Report on the working of the Ranchi Indian Mental Hospital, Kanke, in Bihar and Orissa - 1930-1940
Year: 1930
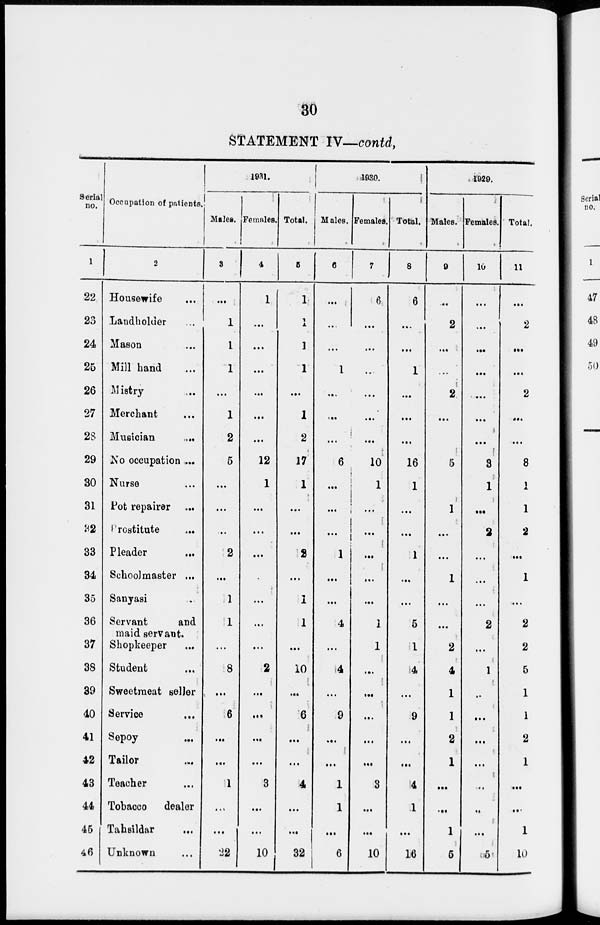
30
STATEMENT IV—contd,
Serial
no.
1
22
23
24
25
26
27
23
29
30
31
32
33
34
35
36
37
38
39
40
41
42
43
44
45
46
Occupation of patients.
2
Housewife ...
Landholder ...
Mason ...
Mill hand ...
Mistry ...
Merchant ...
Musician
...
No occupation ...
Nurse ...
Pot repairer ...
Prostitute ...
Pleader
...
Schoolmaster ...
Sanyasi ...
Servant
and
maid servant.
Shopkeeper ...
Student ...
Sweetmeat seller ...
Service ...
Sepoy ...
Tailor ...
Teacher ...
Tobacco
dealer
Tahsildar ...
Unknown ...
1931.
Males.
3
...
1
1
1
...
1
2
5
...
...
...
2
...
1
1
...
8
...
6
...
...
1
...
...
22
Females.
4
1
...
...
...
...
...
...
12
1
...
...
...
...
...
...
...
2
...
...
...
...
3
...
...
10
Total.
5
1
1
1
1
...
1
2
17
1
...
...
2
...
1
1
...
10
...
6
...
...
4
...
...
32
1930.
Males.
6
...
...
...
1
...
...
...
6
...
...
...
1
...
...
4
...
4
...
9
...
...
1
1
...
6
Females.
7
6
...
...
...
...
...
...
10
1
...
...
...
...
...
1
...
...
...
...
...
...
3
...
...
10
Total.
8
6
...
...
1
...
...
...
16
1
...
...
1
...
...
5
...
4
...
9
...
...
4
1
...
16
1929.
Males.
9
...
2
...
...
2
...
...
5
...
1
...
...
1
...
...
2
4
1
1
2
1
...
...
1
5
Females.
10
...
...
...
...
...
...
...
3
1
...
2
...
...
...
2
...
1
...
...
...
...
...
...
...
5
Total.
11
...
2
...
...
2
...
...
8
1
1
2
...
1
...
2
2
5
1
1
2
1
...
...
1
10